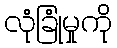
လုံခြုံမှုကို